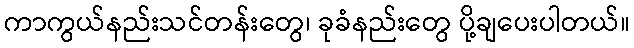
ကာကွယ်နည်းသင်တန်းတွေ၊ ခုခံနည်းတွေ ပို့ချပေးပါတယ်။